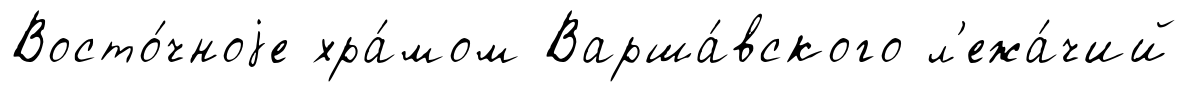
Восто́чноjе хра́мом Варша́вского л'ежа́чий